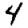
Digit: 4